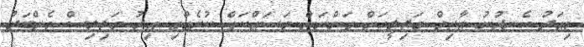
މިއަދު ހެނދުނު އާޒިމް މަޖިލީހަށް ވަންނަން މަސައްކަތް ކުރެއްވި އިރު މަޖިލިސް މެންބަރު